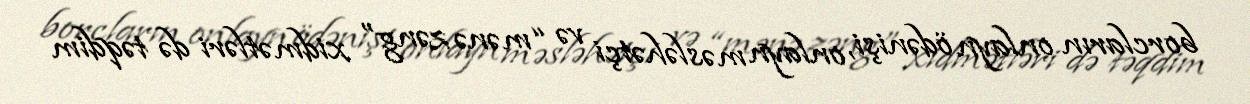
borcların onlayn ödənişi, onlayn məsləhətçi və “mənə zəng” xidmətləri də təqdim